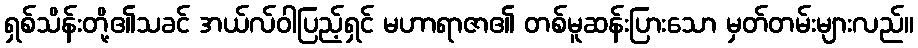
ရှစ်သိန်းတို့၏သခင် အယ်လ်ဝါပြည့်ရှင် မဟာရာဇာ၏ တစ်မူဆန်းပြားသော မှတ်တမ်းများလည်။